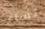
نساء